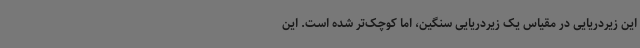
این زیردریایی در مقیاس یک زیردریایی سنگین، اما کوچک‌تر شده است. این